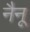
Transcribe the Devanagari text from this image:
नैनू